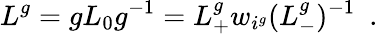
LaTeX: L^{g}=gL_{0}g^{-1}=L_{+}^{g}w_{i^{g}}(L_{-}^{g})^{-1}\ \ .